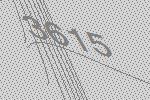
3615